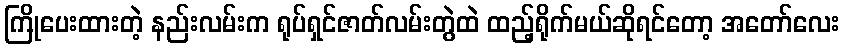
ကြိုပေးထားတဲ့ နည်းလမ်းက ရုပ်ရှင်ဇာတ်လမ်းတွဲထဲ ထည့်ရိုက်မယ်ဆိုရင်တော့ အတော်လေး